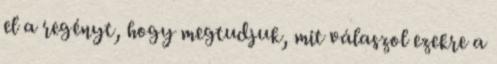
el a regényt, hogy megtudjuk, mit válaszol ezekre a